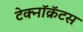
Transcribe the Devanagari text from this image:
टेक्नॉक्रॅटस